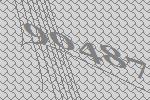
90487